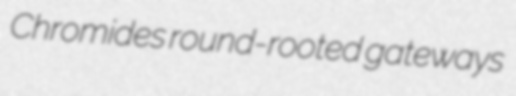
Chromides round-rooted gateways